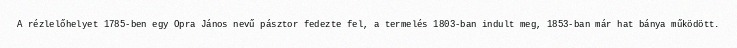
A rézlelőhelyet 1785-ben egy Opra János nevű pásztor fedezte fel, a termelés 1803-ban indult meg, 1853-ban már hat bánya működött.